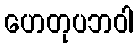
ဟေတုပဘဝါ